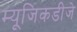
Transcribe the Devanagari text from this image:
म्यूजिकडीजे